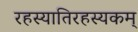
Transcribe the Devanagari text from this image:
रहस्यातिरहस्यकम्